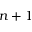
n + 1